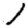
Digit: 1